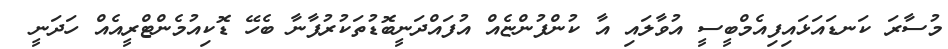
މުސާރަ ކަނޑައަޅައިފިއެމްބީސީ އުވާލައި އާ ކުންފުންޏެއް އުފައްދަނީބޮޑުތަކުރުފާނާ ބެހޭ ޑޮކިއުމެންޓްރީއެއް ހަދަނީ